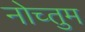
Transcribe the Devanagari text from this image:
नोच्तुम